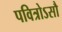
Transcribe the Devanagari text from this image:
पवित्रोऽसौ